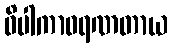
ဝိပါကာဝရဏတာယ